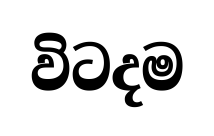
විටදම